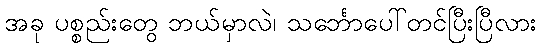
အခု ပစ္စည်းတွေ ဘယ်မှာလဲ၊ သင်္ဘောပေါ်တင်ပြီးပြီလား